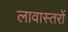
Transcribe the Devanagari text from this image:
लावास्तरोें